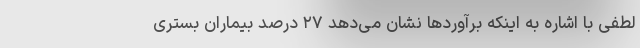
لطفی با اشاره به اینکه برآوردها نشان می‌دهد ۲۷ درصد بیماران بستری